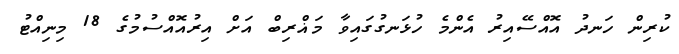
ކުރިން ހަނދު އޮއްސޭއިރު އެންމެ ހުޅަނގުގައިވާ މަޣްރިބް އަށް އިރުއޮއްސުމުގެ 18 މިނިއްޓު